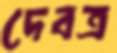
দেবত্র